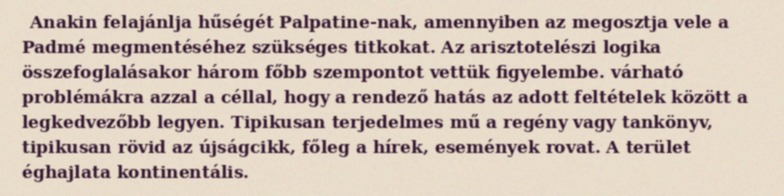
Anakin felajánlja hűségét Palpatine-nak, amennyiben az megosztja vele a Padmé megmentéséhez szükséges titkokat. Az arisztotelészi logika összefoglalásakor három főbb szempontot vettük figyelembe. várható problémákra azzal a céllal, hogy a rendező hatás az adott feltételek között a legkedvezőbb legyen. Tipikusan terjedelmes mű a regény vagy tankönyv, tipikusan rövid az újságcikk, főleg a hírek, események rovat. A terület éghajlata kontinentális.